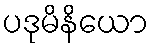
ပဒုမိနိယော